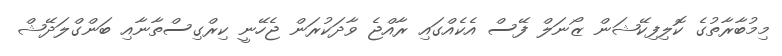
މިމުބާރާތުގެ ކޮލިފިކޭޝަން ޒޯނަލް ފޭސް އެކެއްގައި ރާއްޖެ ވާދަކުރަން ޖެހޭނީ ކިރްގިސްތާނާއި ބަންގްލަދޭޝް